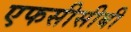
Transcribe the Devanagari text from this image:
एफसीसीबी